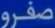
صفرو